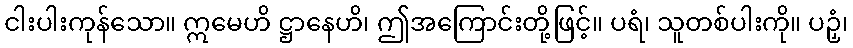
ငါးပါးကုန်သော။ ဣမေဟိ ဋ္ဌာနေဟိ၊ ဤအကြောင်းတို့ဖြင့်။ ပရံ၊ သူတစ်ပါးကို။ ပဉှံ၊